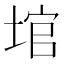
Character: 𪣬